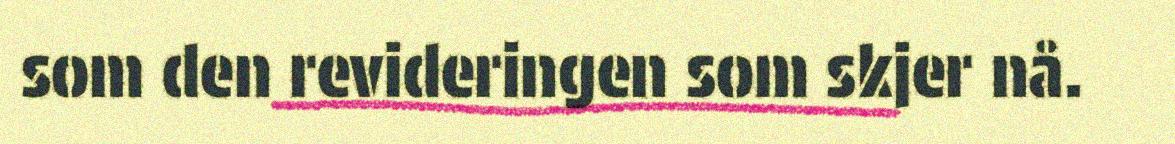
som den revideringen som skjer nå.